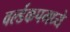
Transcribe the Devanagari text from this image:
वर्ल्डकपमध्ये